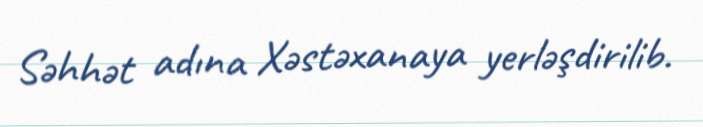
Səhhət adına Xəstəxanaya yerləşdirilib.